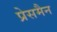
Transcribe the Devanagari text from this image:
प्रेसमैन